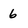
Character: 6